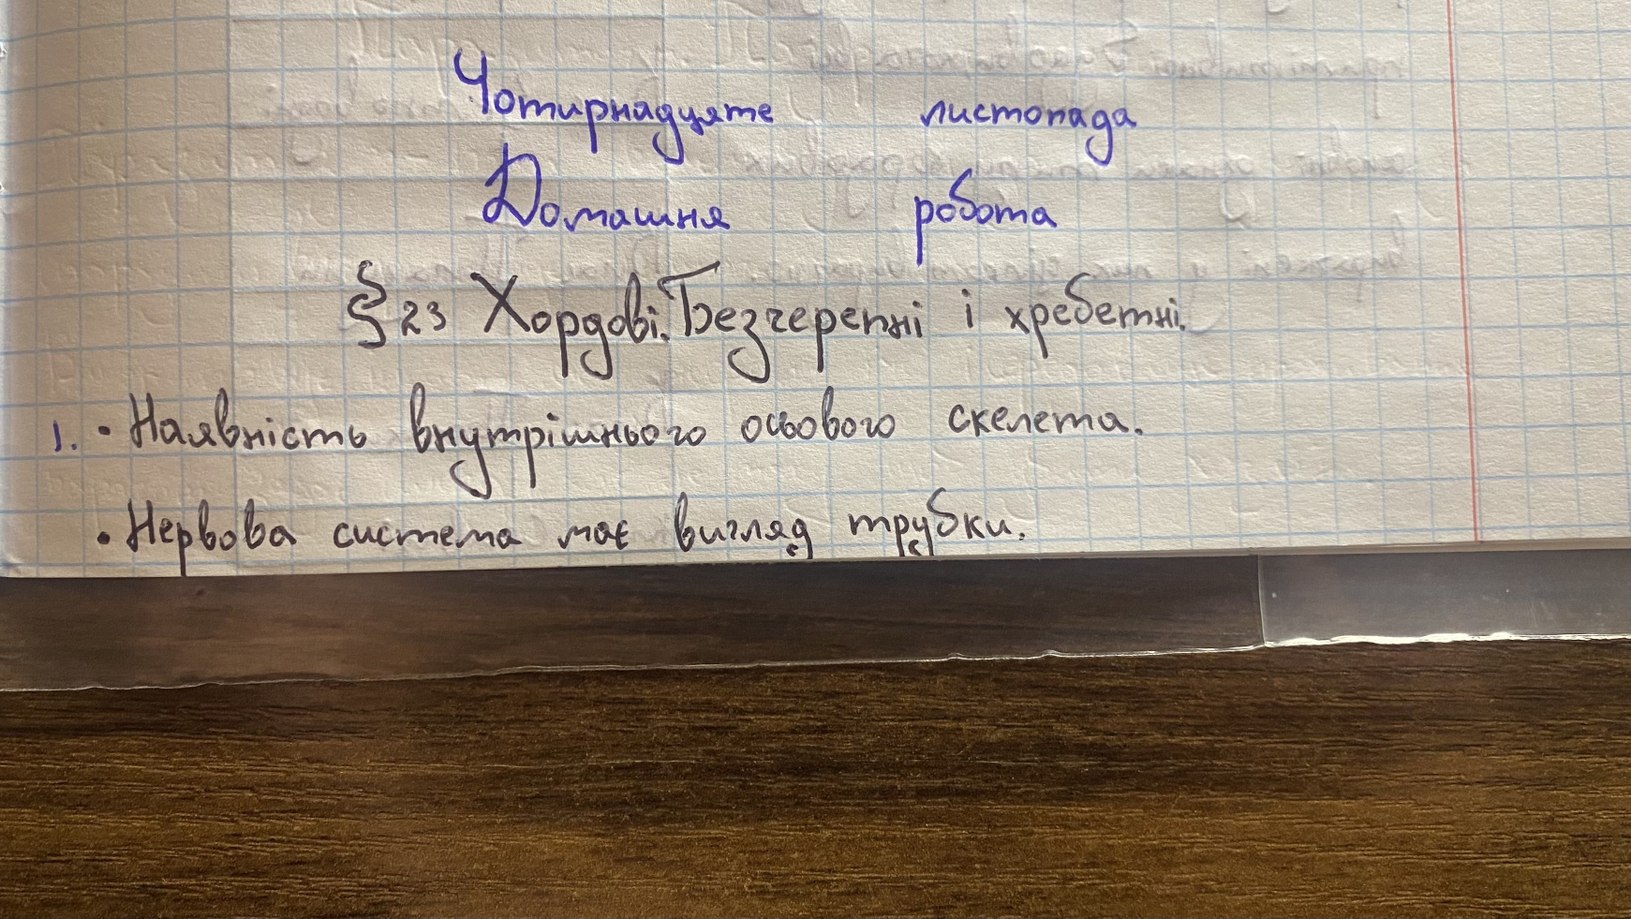
Чотирнадцяте
листопада
Домашня
робота
§ 23 Хордові. Безчерепні і хребетні.
1. - Наявність внутрішнього осьового скелета.
Нервова система має вигляд трубки.